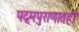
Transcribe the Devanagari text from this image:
पद्मपुराणातही